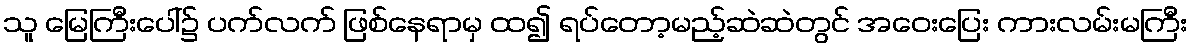
သူ မြေကြီးပေါ်၌ ပက်လက် ဖြစ်နေရာမှ ထ၍ ရပ်တော့မည့်ဆဲဆဲတွင် အဝေးပြေး ကားလမ်းမကြီး